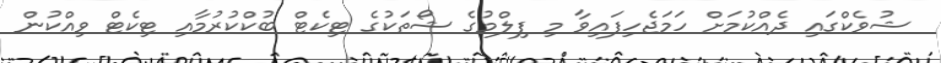
ޝުވެކްގައި ދެއްކުމަށް ހަމަޖެހިފައިވާ މި ފިލްމުގެ ޝޯތަކުގެ ޓިކެޓް ބުކްކުރުމާއި ޓިކެޓް ވިއްކުން